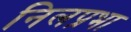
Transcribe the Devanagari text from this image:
निलप्रभा